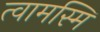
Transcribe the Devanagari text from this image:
त्वामस्मि